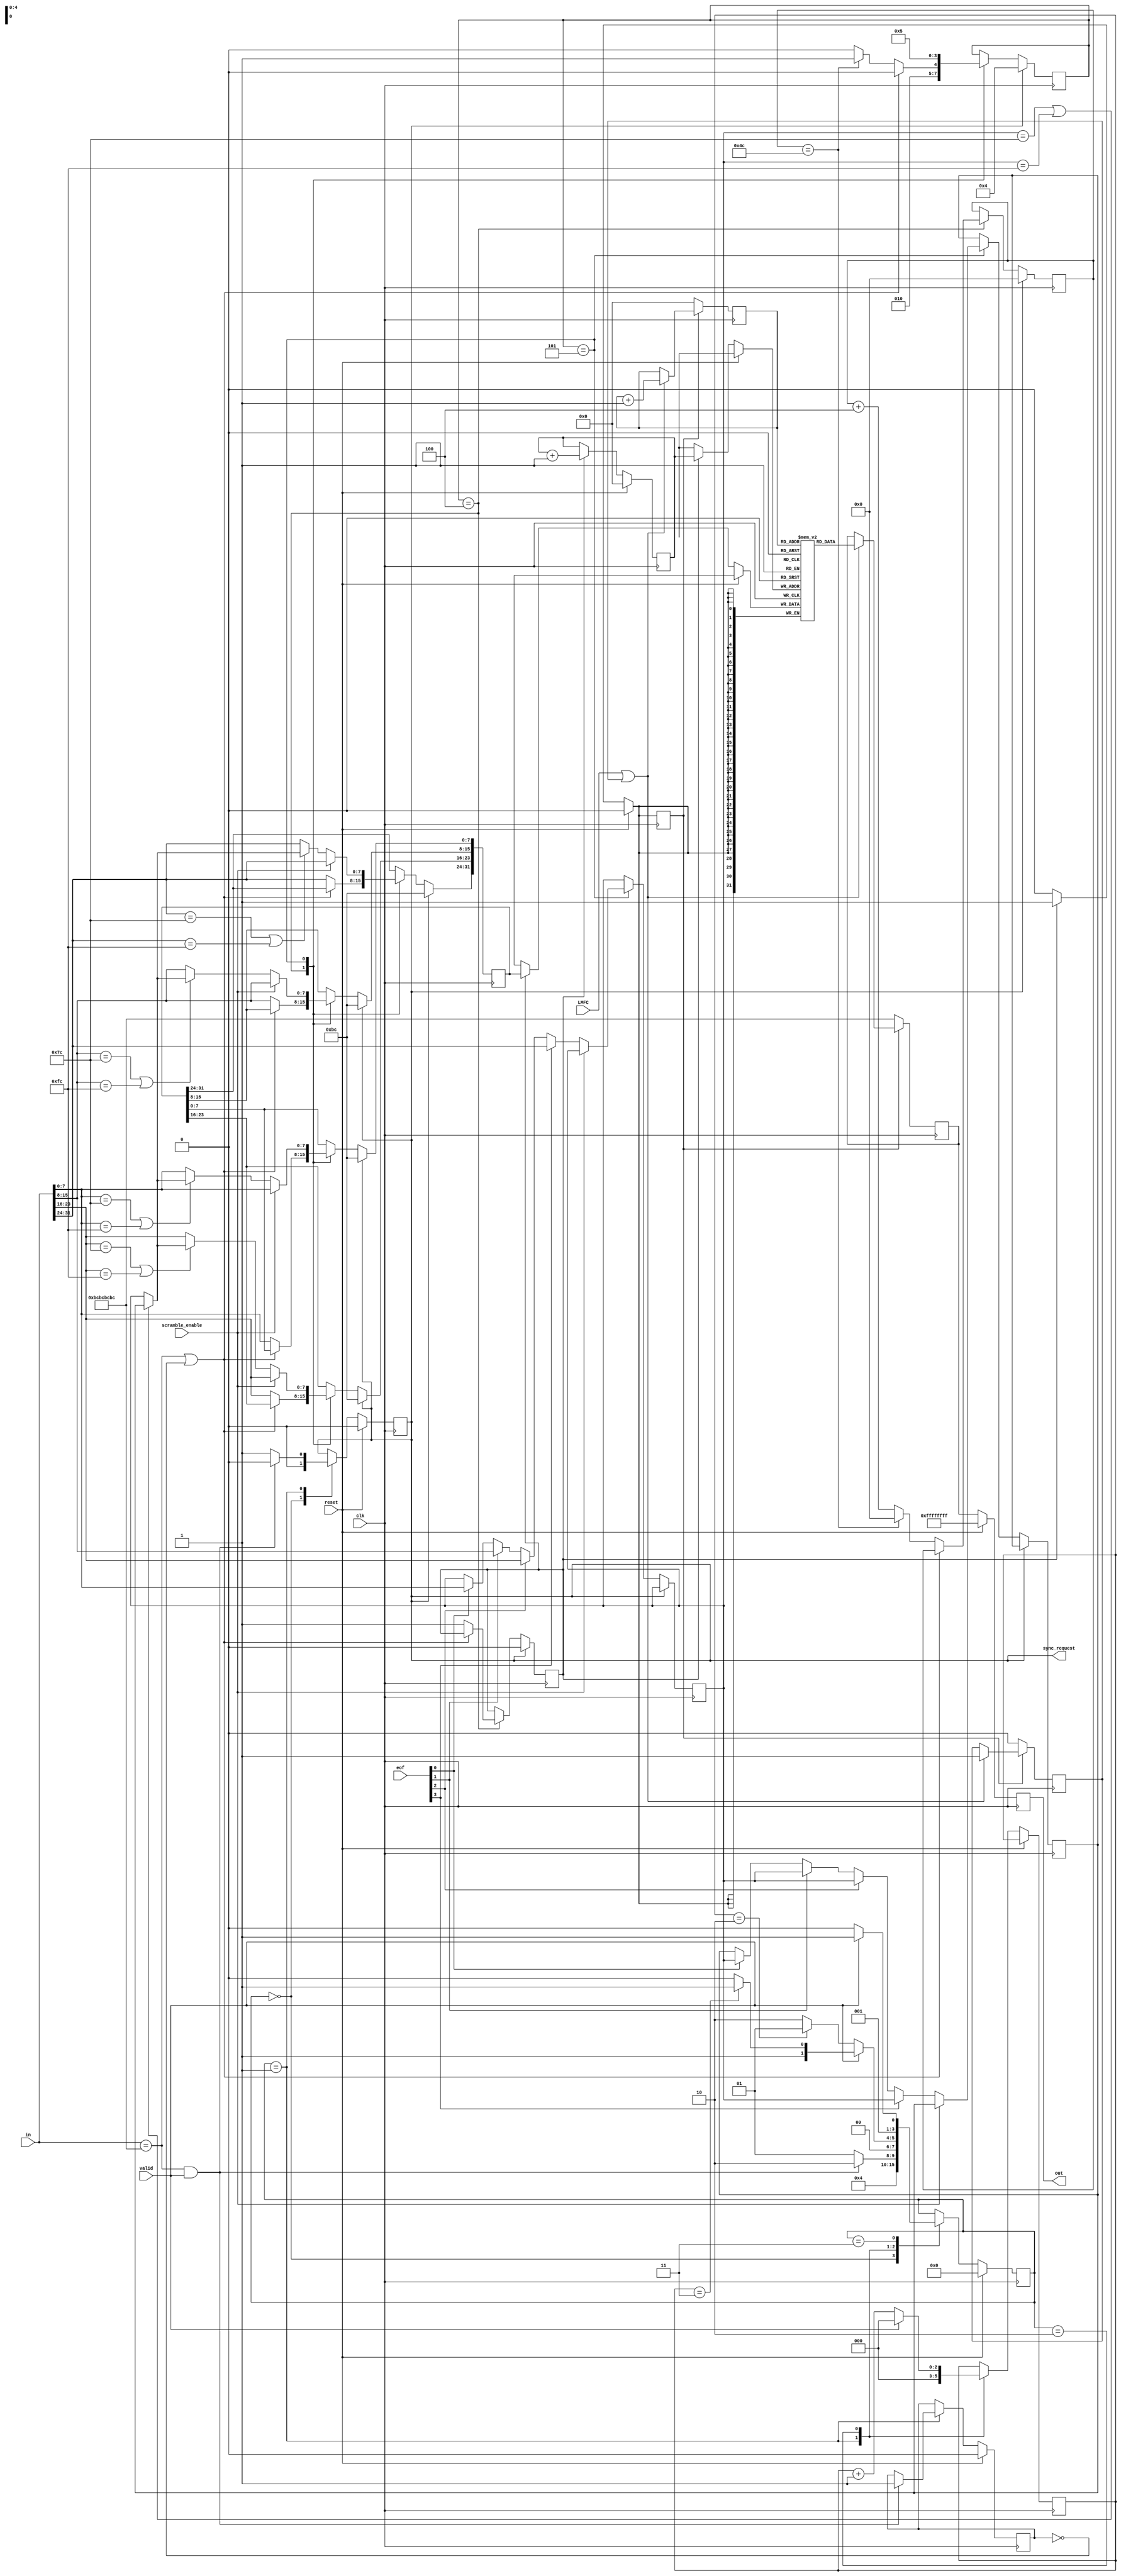
`timescale 1ns / 1ps
//////////////////////////////////////////////////////////////////////////////////
// Company: 
// Engineer: 
// 
// Design Name: 
// Module Name: jesd204b_dl_rx
// Project Name: 
// Target Devices: 
// Tool Versions: 
// Description: 
// 
// Dependencies: 
// 
// Revision:
// Revision 0.01 - File Created
// Additional Comments:
// 
//////////////////////////////////////////////////////////////////////////////////


module jesd204b_dl_rx #(
    parameter LANE_DATA_WIDTH = 32,
    parameter OCTET_PER_SENT = 4,
    parameter OCTETS_PER_FR = 5,
    parameter FRAMES_PER_MF = 4
    )(
    input clk,
    input reset,
    input LMFC, 
    input scramble_enable,
    // if data is valid based on disparity, characters, etc..
    input valid,
    input [3:0] eof,
    input [LANE_DATA_WIDTH-1:0] in,
    output reg [LANE_DATA_WIDTH-1:0] out,
    // sync flag of EACH lane when 4 Ks are received
    output reg sync_request
    );
    
    localparam OCTETS_PER_MF = OCTETS_PER_FR * FRAMES_PER_MF;
    
    `define RST_T       4'b0000 // Restart state 
    `define CGS_INIT    4'b0001 
    `define CGS_CHECK   4'b0010 
    `define CGS_DATA    4'b0011 
    `define FS_INIT     4'b0100 
    `define FS_DATA     4'b0101 
    `define STATE6      4'b0110 
    `define STATE7      4'b0111 
    `define STATE8      4'b1000 
    `define STATE9      4'b1001 
    
    reg CGS_done;
    
    /* State machine for CGS */
    reg [3:0] cgs_cs;
    reg [2:0] K_counter, I_counter, V_counter;
    always @(posedge clk) begin
        if (reset) begin
            cgs_cs <= `RST_T;
            sync_request <= 0;
            CGS_done <= 0;
        end else begin 
            case (cgs_cs) 
            // State after resetted
            `RST_T: begin 
                cgs_cs <= `CGS_INIT; 
                sync_request <= 0; 
                K_counter <= 0;
                end
            // State for code group synchronization
            `CGS_INIT: begin 
                I_counter <= 0;
                V_counter <= 0;
                sync_request <= 1;
                if (in == {4{8'hBC}} && valid) begin
                    cgs_cs <= `CGS_CHECK;
                    sync_request <= 0;
                    CGS_done <= 1;
                end else begin 
                    cgs_cs <= `CGS_INIT;
                    K_counter <= 0;
                end end     
            // State to check for loss of synchronization
            `CGS_CHECK: begin
                cgs_cs <= `CGS_CHECK;
                K_counter <= 0;
                if (~valid) begin
                    V_counter <= 0; 
                    I_counter <= I_counter + 1;
                    if (I_counter == 'h2) 
                        cgs_cs <= `CGS_INIT;
                end else begin
                    I_counter <= 0; 
                    V_counter <= V_counter + 1;
                    if (I_counter == 'h3)
                        cgs_cs <= `CGS_DATA;
                end end
            // State when all CGS is done, preparing for next request
            `CGS_DATA: begin
                if (~valid)
                    cgs_cs <= `CGS_CHECK;
                else 
                    cgs_cs <= `CGS_DATA;
                end
            endcase 
        end
    end
    
    /* State machine for ILS and IFS */
    reg [3:0] ifs_cs;
    reg [7:0] O_counter;
    reg [LANE_DATA_WIDTH-1:0] ifs_out;
    reg [7:0] last_octet, last_octet_2;
    reg ifs_turn = 0;
    integer i;
    always @(posedge clk) begin
        if (sync_request) begin
            ifs_out <= {4{8'hBC}};
            ifs_cs <= `FS_INIT;
            ifs_turn <= 0;
            O_counter <= 0;
        end else begin
            case (ifs_cs)
            `FS_INIT: begin 
                if (in == {4{8'hBC}} || ~CGS_done) begin
                    ifs_cs <= `FS_INIT;
                end else begin
                    if (O_counter == (4*OCTETS_PER_MF-4)) begin
                        ifs_cs <= `FS_DATA;
                        O_counter <= 0; 
                    end else begin 
                        ifs_cs <= `FS_INIT;
                        O_counter <= O_counter + 4;
                    end
                    ifs_out <= in;
                    ifs_turn <= 1; 
                end end
            `FS_DATA: begin
                ifs_cs <= `FS_DATA;
                // Check alignment code, an A or F is received
                // SCRAMBLING MODE: OFFFFFFFFFFFFFFFFFFFFFFFFFFFFFFFFFFFFFFFFFFFFFFFFFFFFFFFF
                if (~scramble_enable) begin 
                    if (OCTETS_PER_FR >= 4) begin 
                        for (i = 0; i < 4; i = i + 1) begin
                            if ((in[i*8+:8] == 8'h7C) || (in[i*8+:8] == 8'hFC)) begin
                                if ((last_octet == 8'h7C) || (last_octet == 8'hFC))
                                    ifs_out[i*8+:8] <= last_octet_2;
                                else 
                                    ifs_out[i*8+:8] <= last_octet;
                            end else
                                ifs_out[i*8+:8] <= in[i*8+:8];    
                            // save the octet of previous frame
                            if (eof[i]) begin
                                last_octet <= in[i*8+:8];
                                last_octet_2 <= last_octet;
                            end
                        end
                    end else if (OCTETS_PER_FR == 3) begin
                        for (i = 0; i < 4; i = i + 1) begin 
                            if ((in[i*8+:8] == 8'h7C) || (in[i*8+:8] == 8'hFC)) begin
                                if (i == 3) begin 
                                    if ((in[7:0] == 8'h7C) || (in[7:0] == 8'hFC))
                                        ifs_out[i*8+:8] <= last_octet;
                                    else 
                                        ifs_out[i*8+:8] <= in[7:0];    
                                end else if ((last_octet == 8'h7C) || (last_octet == 8'hFC))
                                    ifs_out[i*8+:8] <= last_octet_2;
                                else 
                                    ifs_out[i*8+:8] <= last_octet;
                            end else
                                ifs_out[i*8+:8] <= in[i*8+:8];    
                            // save the octet of previous frame
                            if (eof[i]) begin
                                if ((i !== 0) && (i !== 3)) begin
                                    last_octet <= in[i*8+:8];
                                    last_octet_2 <= last_octet;
                                end else begin 
                                    last_octet <= in[31:24];
                                    last_octet_2 <= in[7:0];
                                end
                            end
                        end
                    end else if (OCTETS_PER_FR == 2) begin
                        for (i = 0; i < 4; i = i + 1) begin 
                            if ((in[i*8+:8] == 8'h7C) || (in[i*8+:8] == 8'hFC)) begin
                                if (i == 1) begin 
                                    if ((last_octet == 8'h7C) || (last_octet == 8'hFC))
                                        ifs_out[i*8+:8] <= last_octet_2;
                                    else 
                                        ifs_out[i*8+:8] <= last_octet;
                                end else if (i == 3) begin
                                    if ((in[15:8] == 8'h7C) || (in[15:8] == 8'hFC))
                                        ifs_out[i*8+:8] <= last_octet;
                                    else 
                                        ifs_out[i*8+:8] <= in[15:8];
                                end
                            end else 
                                ifs_out[i*8+:8] <= in[i*8+:8];    
                            // save the octet of previous frame
                            if (eof[i]) begin
                                last_octet <= in[31:24];
                                last_octet_2 <= in[15:8];
                            end
                        end
                    end
                // SCRAMBLING MODE: ONNNNNNNNNNNNNNNNNNNNNNNNNNNNNNNNNNNNNNNNNNNNNNNNNNNNNNNN
                end else  
                    ifs_out <= in;
                end 
            endcase
        end
    end 
    
    /* Elastic buffer to hold data, waiting for all lanes to synchronization */
    reg [LANE_DATA_WIDTH-1:0] ebuffer [0:31];
    reg [4:0] eindex_in, eindex_out;
    reg release_buffer;
    always @(posedge clk) begin
        if (reset) begin
            eindex_in <= 'h0;
            release_buffer <= 0;
        end else begin
            if (ifs_turn) begin
                ebuffer[eindex_in] <= ifs_out;
                eindex_in <= eindex_in + 1;
                release_buffer <= 1;
            end else 
                release_buffer <= 0;
        end
    end
    
    /* State machine for User Data and Lane alignment */
    reg [LANE_DATA_WIDTH-1:0] ud_out;
    reg ud_turn;
    always @(posedge clk) begin
        if (~release_buffer) begin
            ud_out <= {4{8'hBC}};
            eindex_out <= 'h0;
            ud_turn <= 0; 
        end else begin
            if (LMFC || ud_turn) begin
                ud_out <= ebuffer[eindex_out];
                eindex_out <= eindex_out + 1;
                ud_turn <= 1; 
            end
        end
    end
    
    /* Output assignment */
    always @(posedge clk) begin
        if (reset) begin
            out <= {4{8'hFF}};
        end else begin
            out <= ud_out;
        end
    end
endmodule